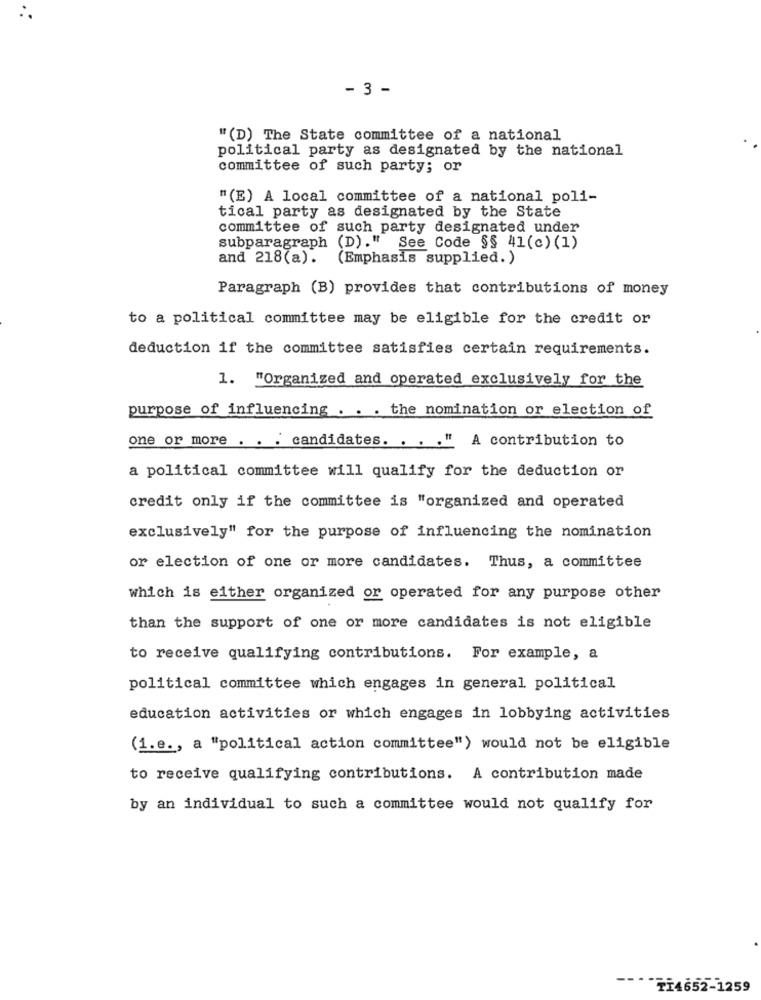
- 3 -
"(D) The State committee of a national
political party as designated by the national
committee of such party; or
"(E) A local committee of a national poli-
tical party as designated by the State
committee of such party designated under
subparagraph (D)." See Code §§ 41(c) (1)
and 218(a).
(Emphasis supplied. )
Paragraph (B) provides that contributions of money
to a political committee may be eligible for the credit or
deduction if the committee satisfies certain requirements.
1. "Organized and operated exclusively for the
purpose of influencing . . . the nomination or election of
one or more . . . candidates. . . . " A contribution to
a political committee will qualify for the deduction or
credit only if the committee is "organized and operated
exclusively" for the purpose of influencing the nomination
or election of one or more candidates. Thus, a committee
which is either organized or operated for any purpose other
than the support of one or more candidates is not eligible
to receive qualifying contributions. For example, a
political committee which engages in general political
education activities or which engages in lobbying activities
(1.e ., a "political action committee") would not be eligible
to receive qualifying contributions. A contribution made
by an individual to such a committee would not qualify for
TI4652-1259